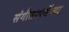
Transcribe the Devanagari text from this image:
संगीतस्पर्धेच्या